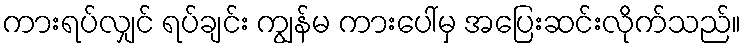
ကားရပ်လျှင် ရပ်ချင်း ကျွန်မ ကားပေါ်မှ အပြေးဆင်းလိုက်သည်။